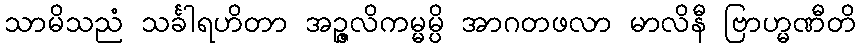
သာမိသညံ သင်္ခါရဟိတာ အဉ္ဇလိကမ္မမ္ပိ အာဂတဖလာ မာလိနီ ဗြာဟ္မဏီတိ